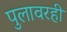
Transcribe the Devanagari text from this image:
पुलावरही